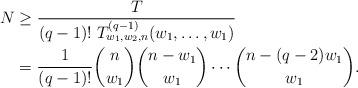
LaTeX: \begin{align*}N &\geq \frac{T}{(q-1)! \; T_{w_1,w_2,n}^{(q-1)}(w_1,\ldots,w_1)} \\ &= \frac{1}{(q-1)!} {n \choose w_1} {n-w_1 \choose w_1} \cdots {n-(q-2)w_1 \choose w_1}.\end{align*}